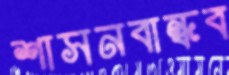
শাসনবান্ধব